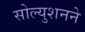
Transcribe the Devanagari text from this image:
सोल्युशनने